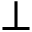
\perp